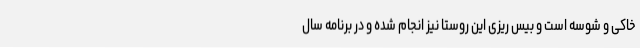
خاکی و شوسه است و بیس ریزی این روستا نیز انجام شده و در برنامه سال